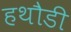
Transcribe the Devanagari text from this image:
हथौडी